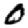
Digit: 0